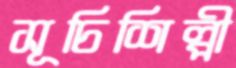
সূচিশিল্পী